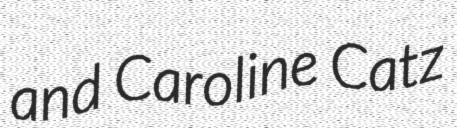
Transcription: and Caroline Catz